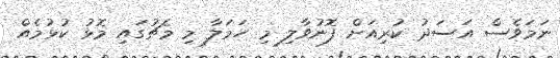
ނަމަވެސް އަސަދު ކުރިއަށް ފޮނުވާލި މި ހަމަލާ މި މެޗުގައި މޮޅު ކުޅުމެއް